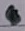
Text: 4